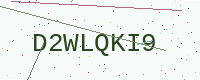
Text: D2WLQKI9